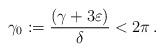
LaTeX: \begin{align*} \gamma_0:=\frac{(\gamma+3\varepsilon)}{\delta}<2\pi\,.\end{align*}